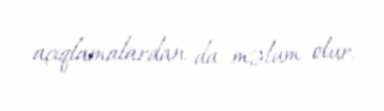
açıqlamalardan da məlum olur.